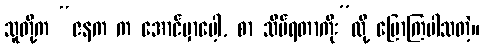
သူတို့က “ဇနက က အောင်မှာပေါ့, စာ သိပ်ရတာကိုး”လို့ ပြောကြပါသတဲ့။